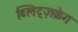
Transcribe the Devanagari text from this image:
ब्लिट्ज़क्रेग